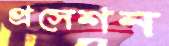
প্রসেশন